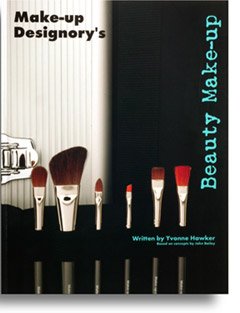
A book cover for Make-Up Designory's Beauty Make-Up; Yvonne Hawker; Humor & Entertainment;